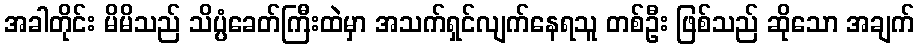
အခါတိုင်း မိမိသည် သိပ္ပံခေတ်ကြီးထဲမှာ အသက်ရှင်လျက်နေရသူ တစ်ဦး ဖြစ်သည် ဆိုသော အချက်